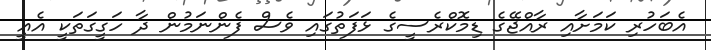
އެބަހުރި ކަމަށާއި ރާއްޖޭގެ ޑިމޮކްރެސީގެ ޅަފަތުގައި ވެސް ފެންނަމުން ދާ ހަގީގަތަކީ އެއީ